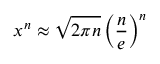
x ^ { n } \approx \sqrt { 2 \pi n } \left( \frac { n } { e } \right) ^ { n }